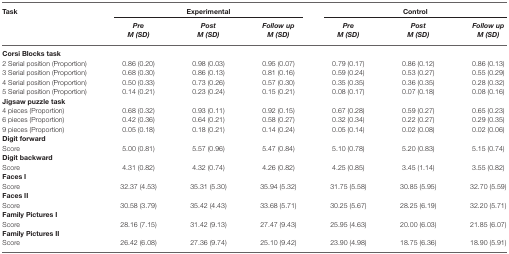
<table><thead><tr><td><b>Task</b></td><td colspan="3"><b>Experimental</b></td><td colspan="3"><b>Control</b></td></tr><tr><td></td><td><b><i>Pre M (SD)</i></b></td><td><b><i>Post M (SD)</i></b></td><td><b><i>Follow up M (SD)</i></b></td><td><b><i>Pre M (SD)</i></b></td><td><b><i>Post M (SD)</i></b></td><td><b><i>Follow up M (SD)</i></b></td></tr></thead><tbody><tr><td><b>Corsi Blocks task</b></td></tr><tr><td>2 Serial position (Proportion)</td><td>0.86 (0.20)</td><td>0.98 (0.03)</td><td>0.95 (0.07)</td><td>0.79 (0.17)</td><td>0.86 (0.12)</td><td>0.86 (0.13)</td></tr><tr><td>3 Serial position (Proportion)</td><td>0.68 (0.30)</td><td>0.86 (0.13)</td><td>0.81 (0.16)</td><td>0.59 (0.24)</td><td>0.53 (0.27)</td><td>0.55 (0.29)</td></tr><tr><td>4 Serial position (Proportion)</td><td>0.50 (0.33)</td><td>0.73 (0.26)</td><td>0.57 (0.30)</td><td>0.35 (0.35)</td><td>0.36 (0.35)</td><td>0.28 (0.32)</td></tr><tr><td>5 Serial position (Proportion)</td><td>0.14 (0.21)</td><td>0.23 (0.24)</td><td>0.15 (0.21)</td><td>0.08 (0.17)</td><td>0.07 (0.18)</td><td>0.08 (0.16)</td></tr><tr><td><b>Jigsaw puzzle task</b></td></tr><tr><td>4 pieces (Proportion)</td><td>0.68 (0.32)</td><td>0.93 (0.11)</td><td>0.92 (0.15)</td><td>0.67 (0.28)</td><td>0.59 (0.27)</td><td>0.65 (0.23)</td></tr><tr><td>6 pieces (Proportion)</td><td>0.42 (0.36)</td><td>0.64 (0.21)</td><td>0.58 (0.27)</td><td>0.32 (0.34)</td><td>0.22 (0.27)</td><td>0.29 (0.35)</td></tr><tr><td>9 pieces (Proportion)</td><td>0.05 (0.18)</td><td>0.18 (0.21)</td><td>0.14 (0.24)</td><td>0.05 (0.14)</td><td>0.02 (0.08)</td><td>0.02 (0.06)</td></tr><tr><td><b>Digit forward</b></td></tr><tr><td>Score</td><td>5.00 (0.81)</td><td>5.57 (0.96)</td><td>5.47 (0.84)</td><td>5.10 (0.78)</td><td>5.20 (0.83)</td><td>5.15 (0.74)</td></tr><tr><td><b>Digit backward</b></td></tr><tr><td>Score</td><td>4.31 (0.82)</td><td>4.32 (0.74)</td><td>4.26 (0.82)</td><td>4.25 (0.85)</td><td>3.45 (1.14)</td><td>3.55 (0.82)</td></tr><tr><td><b>Faces I</b></td></tr><tr><td>Score</td><td>32.37 (4.53)</td><td>35.31 (5.30)</td><td>35.94 (5.32)</td><td>31.75 (5.58)</td><td>30.85 (5.95)</td><td>32.70 (5.59)</td></tr><tr><td><b>Faces II</b></td></tr><tr><td>Score</td><td>30.58 (3.79)</td><td>35.42 (4.43)</td><td>33.68 (5.71)</td><td>30.25 (5.67)</td><td>28.25 (6.19)</td><td>32.20 (5.71)</td></tr><tr><td><b>Family Pictures I</b></td></tr><tr><td>Score</td><td>28.16 (7.15)</td><td>31.42 (9.13)</td><td>27.47 (9.43)</td><td>25.95 (4.63)</td><td>20.00 (6.03)</td><td>21.85 (6.07)</td></tr><tr><td><b>Family Pictures II</b></td></tr><tr><td>Score</td><td>26.42 (6.08)</td><td>27.36 (9.74)</td><td>25.10 (9.42)</td><td>23.90 (4.98)</td><td>18.75 (6.36)</td><td>18.90 (5.91)</td></tr></tbody></table>